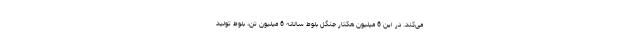
می‌کند. در این 6 میلیون هکتار جنگل بلوط سالانه 6 میلیون تن، بلوط تولید